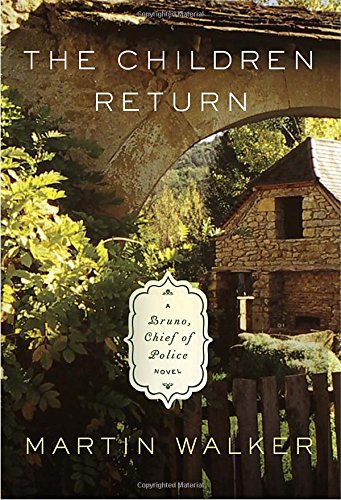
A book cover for The Children Return: A Bruno, Chief of Police novel (Bruno, Chief of Police Series); Martin Walker; Mystery, Thriller & Suspense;